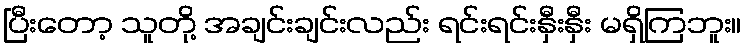
ပြီးတော့ သူတို့ အချင်းချင်းလည်း ရင်းရင်းနှီးနှီး မရှိကြဘူး။